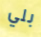
بلي